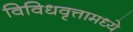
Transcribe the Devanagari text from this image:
विविधवृत्तामध्ये